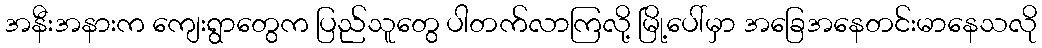
အနီးအနားက ကျေးရွာတွေက ပြည်သူတွေ ပါတက်လာကြလို့ မြို့ပေါ်မှာ အခြေအနေတင်းမာနေသလို